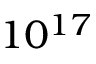
1 0 ^ { 1 7 }